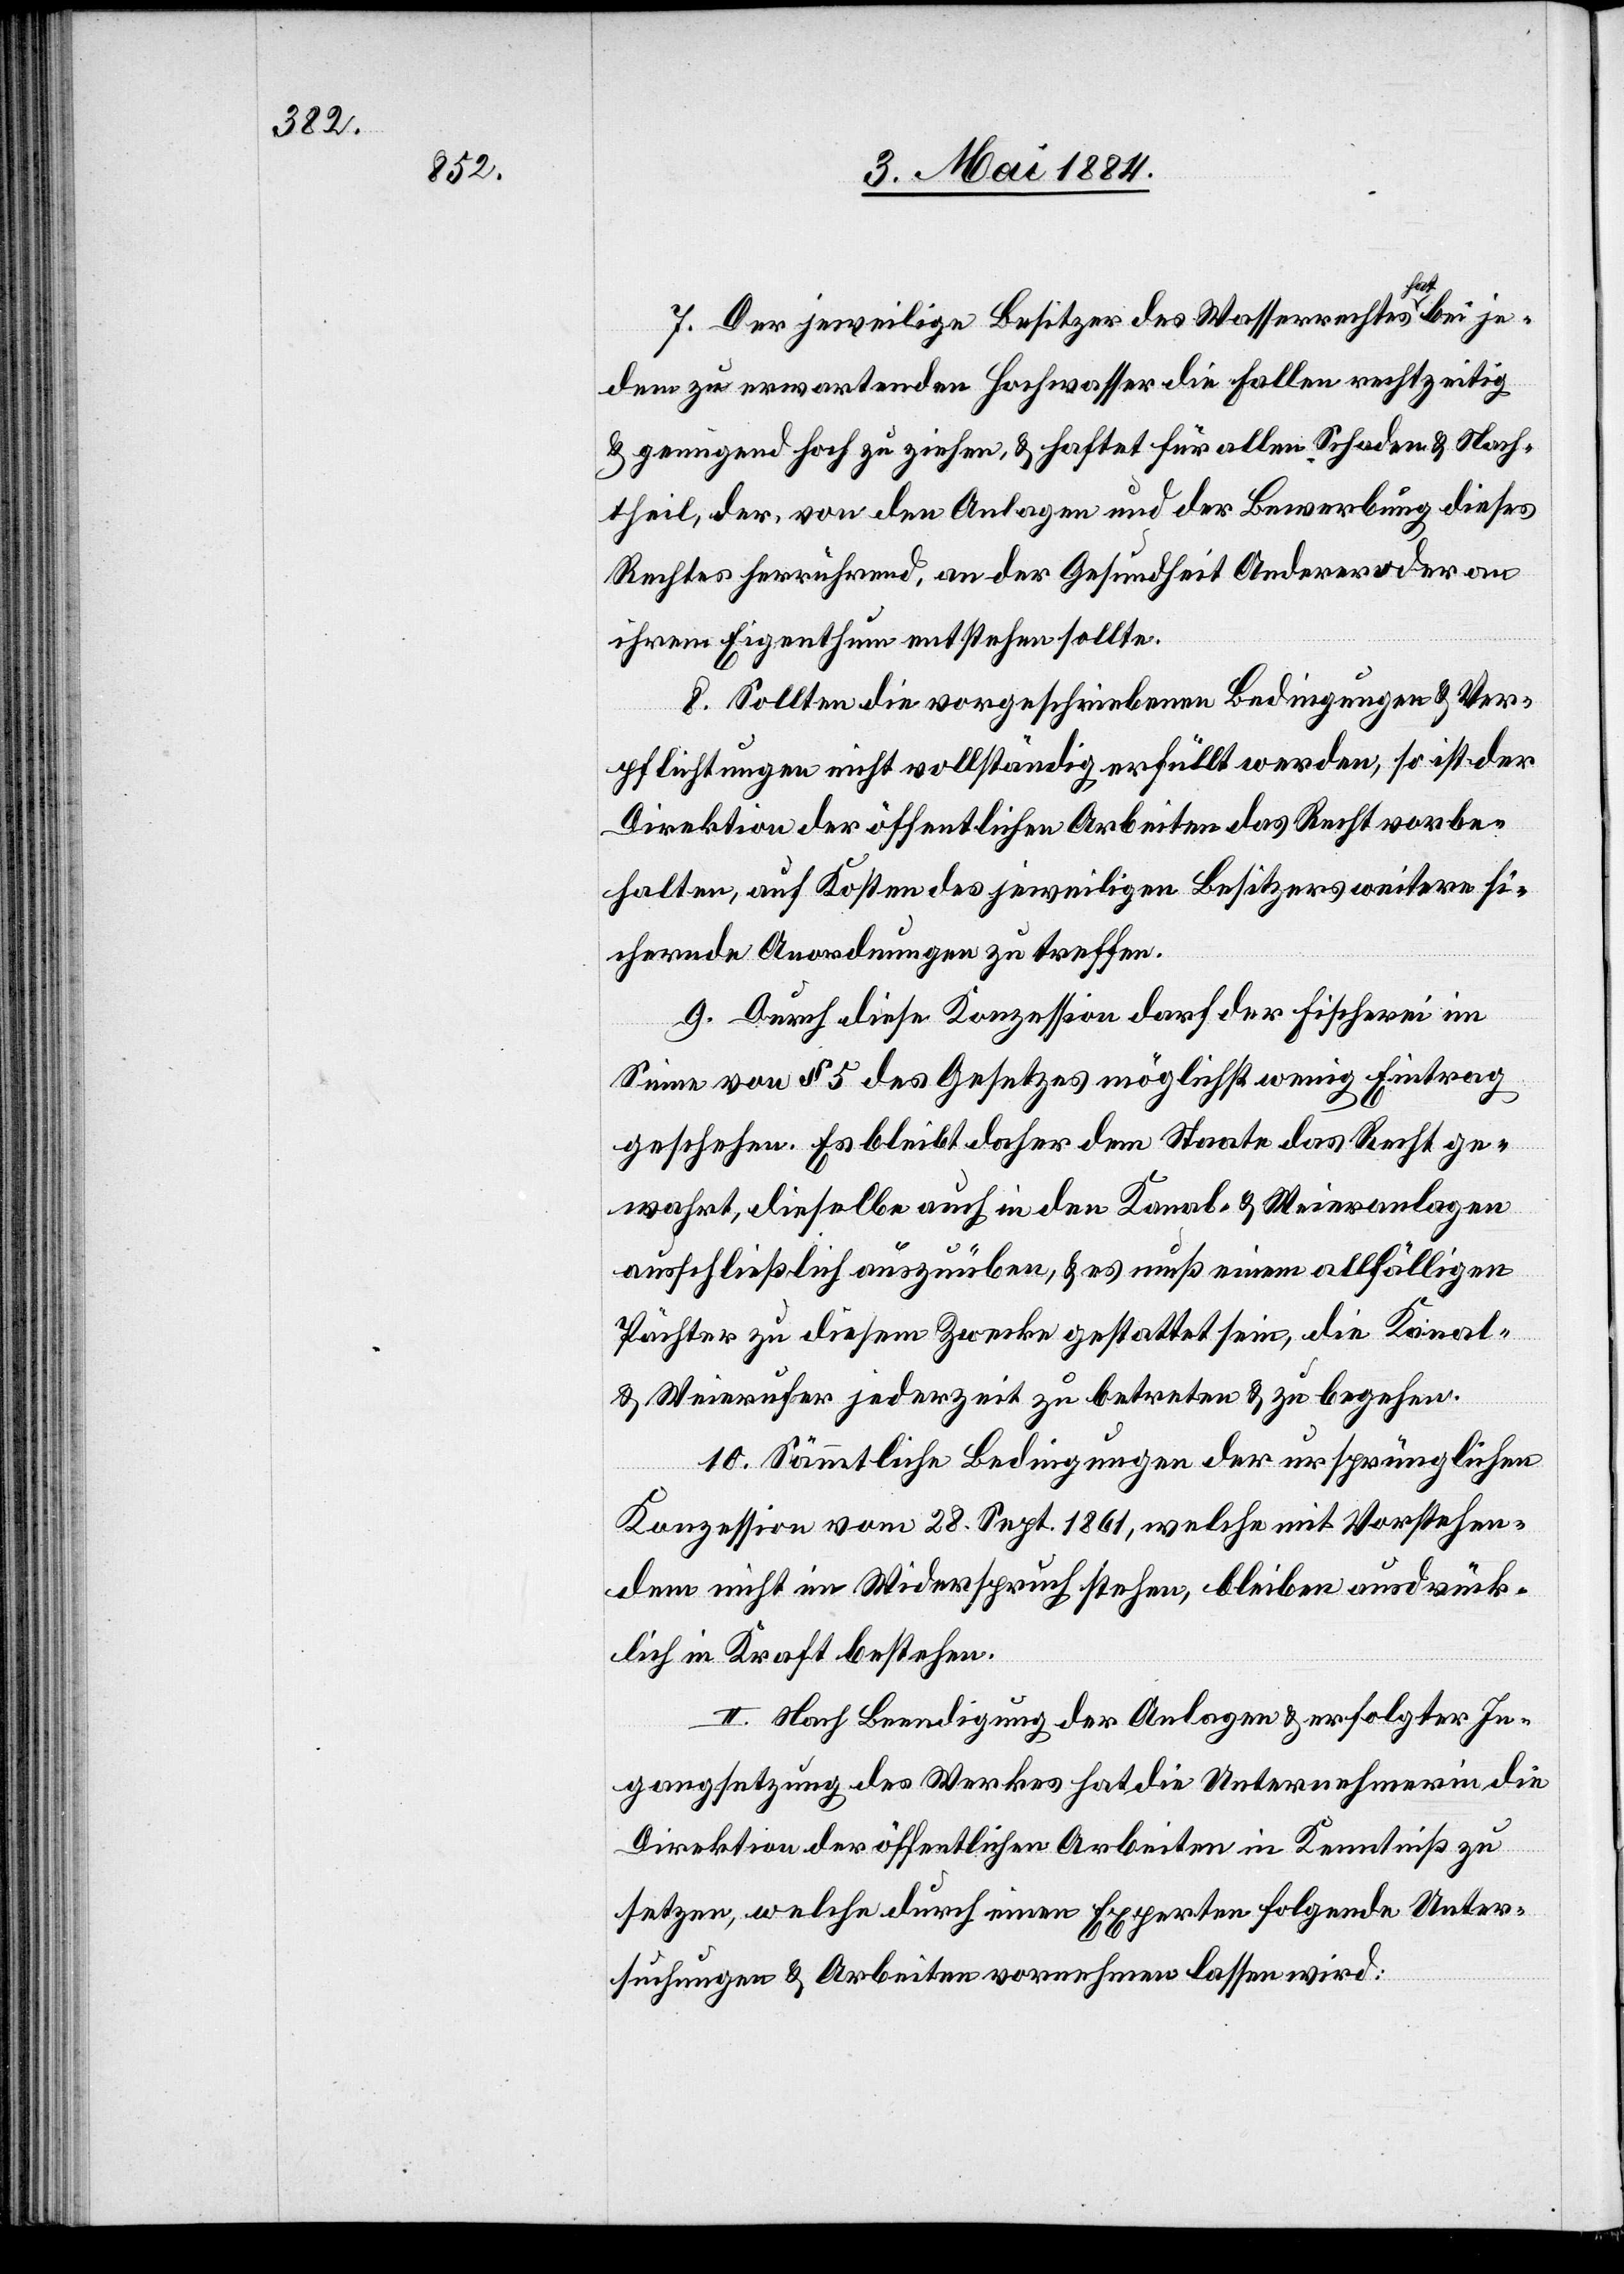
7. Der jeweilige Besitzer des Wasserrechtes hat bei je¬
dem zu erwartenden Hochwasser die Fallen rechtzeitig
& genügend hoch zu ziehen, & haftet für allen Schaden & Nach¬
theil, der, von den Anlagen und der Bewerbung dieses
Rechtes herrührend, an der Gesundheit Anderer oder an
ihrem Eigenthum entstehen sollte.
8. Sollten die vorgeschriebenen Bedingung & Ver¬
pflichtungen nicht vollständig erfüllt werden, so ist der
Direktion der öffentlichen Arbeiten das Recht vorbe¬
halten, auf Kosten des jeweiligen Besitzers weitere si¬
chernde Anordnungen zu treffen.
9. Durch diese Konzession darf der Fischerei im
Sinne von § 5 des Gesetzes möglichst wenig Eintrag
geschehen. Es bleibt daher dem Staate das Recht ge¬
wahrt, dieselbe auch in den Kanal- & Weieranlagen
ausschließlich auszuüben, & es muß einem allfälligen
Pächter zu diesem Zwecke gestattet sein, die Kanal-
& Weierufer jederzeit zu betreten & zu begehen.
10. Sämmtliche Bedingungen der ursprünglichen
Konzession vom 28. Sept. 1861, welche mit Vorstehen¬
dem nicht im Widerspruch stehen, bleiben ausdrück¬
lich in Kraft bestehen.
II. Nach Beendigung der Anlagen & erfolgter In¬
gangsetzung des Werkes hat die Unternehmerin die
Direktion der öffentlichen Arbeiten in Kenntniß zu
setzen, welche durch einen Experten folgende Unter¬
suchungen & Arbeiten vornehmen lassen wird: